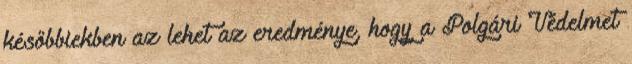
későbbiekben az lehet az eredménye, hogy a Polgári Védelmet